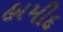
હામીદ